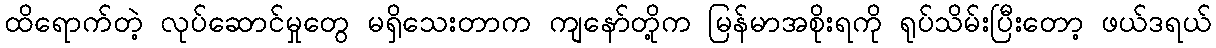
ထိရောက်တဲ့ လုပ်ဆောင်မှုတွေ မရှိသေးတာက ကျနော်တို့က မြန်မာအစိုးရကို ရုပ်သိမ်းပြီးတော့ ဖယ်ဒရယ်